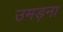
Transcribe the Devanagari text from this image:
उमड़ना